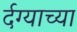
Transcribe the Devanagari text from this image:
र्दग्याच्या